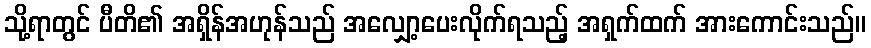
သို့ရာတွင် ပီတိ၏ အရှိန်အဟုန်သည် အလျှော့ပေးလိုက်ရသည့် အရှက်ထက် အားကောင်းသည်။